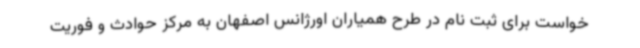
خواست برای ثبت نام در طرح همیاران اورژانس اصفهان به مرکز حوادث و فوریت